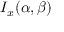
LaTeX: I _ { x } ( \alpha , \beta )